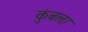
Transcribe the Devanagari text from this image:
कुंबला